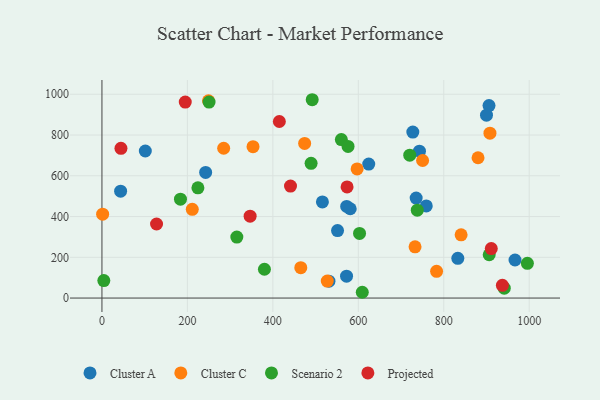
{"axis": {"x": "Investment", "y": "Exam Score"}, "legend": ["Cluster A", "Cluster C", "Projected", "Scenario 2"], "data": [{"x": "966.8", "y": 186.8, "type": "Cluster A"}, {"x": "242.7", "y": 616.7, "type": "Cluster A"}, {"x": "551.4", "y": 331.1, "type": "Cluster A"}, {"x": "572.5", "y": 107.6, "type": "Cluster A"}, {"x": "531.3", "y": 82.8, "type": "Cluster A"}, {"x": "759.1", "y": 452.2, "type": "Cluster A"}, {"x": "101.5", "y": 721.6, "type": "Cluster A"}, {"x": "572.8", "y": 449.6, "type": "Cluster A"}, {"x": "43.7", "y": 524.3, "type": "Cluster A"}, {"x": "832.9", "y": 195.1, "type": "Cluster A"}, {"x": "581.1", "y": 438.3, "type": "Cluster A"}, {"x": "905.9", "y": 944.6, "type": "Cluster A"}, {"x": "624.4", "y": 657.3, "type": "Cluster A"}, {"x": "727.6", "y": 814.4, "type": "Cluster A"}, {"x": "735.4", "y": 490.7, "type": "Cluster A"}, {"x": "516.0", "y": 471.7, "type": "Cluster A"}, {"x": "743.1", "y": 720.9, "type": "Cluster A"}, {"x": "900.0", "y": 897.6, "type": "Cluster A"}, {"x": "840.6", "y": 310.2, "type": "Cluster C"}, {"x": "465.4", "y": 149.1, "type": "Cluster C"}, {"x": "474.4", "y": 758.6, "type": "Cluster C"}, {"x": "211.4", "y": 435.6, "type": "Cluster C"}, {"x": "353.6", "y": 742.9, "type": "Cluster C"}, {"x": "249.4", "y": 968.2, "type": "Cluster C"}, {"x": "732.8", "y": 251.4, "type": "Cluster C"}, {"x": "527.4", "y": 83.3, "type": "Cluster C"}, {"x": "1.6", "y": 411.5, "type": "Cluster C"}, {"x": "284.9", "y": 735.1, "type": "Cluster C"}, {"x": "880.2", "y": 688.6, "type": "Cluster C"}, {"x": "750.5", "y": 675.1, "type": "Cluster C"}, {"x": "783.2", "y": 131.1, "type": "Cluster C"}, {"x": "597.2", "y": 633.7, "type": "Cluster C"}, {"x": "908.1", "y": 809.0, "type": "Cluster C"}, {"x": "489.5", "y": 661.0, "type": "Scenario 2"}, {"x": "738.0", "y": 431.2, "type": "Scenario 2"}, {"x": "941.6", "y": 48.5, "type": "Scenario 2"}, {"x": "4.4", "y": 86.0, "type": "Scenario 2"}, {"x": "906.3", "y": 212.6, "type": "Scenario 2"}, {"x": "560.3", "y": 777.7, "type": "Scenario 2"}, {"x": "995.7", "y": 170.5, "type": "Scenario 2"}, {"x": "183.8", "y": 485.1, "type": "Scenario 2"}, {"x": "602.9", "y": 317.0, "type": "Scenario 2"}, {"x": "576.0", "y": 743.9, "type": "Scenario 2"}, {"x": "250.7", "y": 961.8, "type": "Scenario 2"}, {"x": "609.3", "y": 28.4, "type": "Scenario 2"}, {"x": "224.6", "y": 540.9, "type": "Scenario 2"}, {"x": "380.3", "y": 141.5, "type": "Scenario 2"}, {"x": "492.1", "y": 973.2, "type": "Scenario 2"}, {"x": "720.4", "y": 701.1, "type": "Scenario 2"}, {"x": "315.7", "y": 299.3, "type": "Scenario 2"}, {"x": "911.2", "y": 242.9, "type": "Projected"}, {"x": "346.8", "y": 401.9, "type": "Projected"}, {"x": "195.0", "y": 961.6, "type": "Projected"}, {"x": "937.2", "y": 62.5, "type": "Projected"}, {"x": "127.8", "y": 363.5, "type": "Projected"}, {"x": "415.2", "y": 866.4, "type": "Projected"}, {"x": "44.5", "y": 734.8, "type": "Projected"}, {"x": "441.3", "y": 549.4, "type": "Projected"}, {"x": "573.7", "y": 545.2, "type": "Projected"}]}